system: You are a helpful assistant.
user:
Analyze the provided spectrum to determine if it is a **White Dwarf (WD)**.

A White Dwarf spectrum is defined by its **extreme purity** (due to gravitational settling) and/or **extreme pressure broadening** (due to high surface gravity). You must check for one of the following mutually exclusive signatures:

- **Key Visual Indicators (Check for ONE of these types):**

    - **1. DA-Type Signature (Most Common):**
        - **(Primary Feature):** Extreme pressure broadening (Stark broadening) of the **Hydrogen (H) Balmer lines**.
        - **(Key Lines):** $H\beta$ (approx. $4861$ Å) and $H\gamma$ (approx. $4340$ Å). $H\alpha$ (approx. $6563$ Å) will also be present if the wavelength range covers it.
        - **(Line Profile):** This is the **defining feature**. The lines are **NOT** sharp. They appear as massive, **extremely broad and deep "troughs" or "dips"** in the spectrum, often hundreds of Ångströms wide. The continuum will appear to "scoop" down at these wavelengths.
        - **(Distinction):** Normal A-type or B-type stars have *narrow* and *sharp* Hydrogen lines. A DA White Dwarf's lines are unmistakably "smeared" or "blurry" from pressure.

    - **2. DB-Type Signature:**
        - **(Primary Feature):** Broad absorption lines from **Neutral Helium (He I)**. The spectrum must lack any visible Hydrogen lines.
        - **(Key Lines):** Look for broad absorption near $4471$ Å, $4921$ Å, and $5876$ Å.
        - **(Line Profile):** These lines are also significantly pressure-broadened, appearing much wider than they would in a normal B-type main-sequence star.

    - **3. DC-Type Signature:**
        - **(Primary Feature):** A **featureless continuous spectrum**.
        - **(Line Profile):** The spectrum is a smooth curve with **no significant absorption or emission lines**.
        - **(Key Confirmation):** The continuum is almost always **blue or white**, indicating a hot object. This signature implies the atmosphere is so pure (or so cool) that no spectral lines are visible in the optical range. Its WD identity is confirmed by its extremely low intrinsic brightness (high absolute magnitude).

    - **4. DZ-Type Signature (Metal-Polluted):**
        - **(Primary Feature):** **Isolated, narrow metal absorption lines** on an otherwise featureless (DC-like) continuum.
        - **(Key Lines):** The **Calcium (Ca II) H & K doublet** (approx. **$3934$ Å** and **$3968$ Å**) is the most common and defining feature.
        - **(Line Profile):** These lines are "out of place." They are *not* part of a "forest" of thousands of lines. This signature is evidence of recent *accretion* (pollution) from rocky debris.
        - **(Distinction):** Normal G/K/M stars have a *dense forest* of thousands of metal lines. A DZ has a *clean* continuum with *only a few* strong metal lines.

    - **5. DQ-Type Signature (Carbon-Polluted):**
        - **(Primary Feature):** Absorption bands from **Carbon (C₂ "Swan Bands" or atomic C I)**.
        - **(Key Lines - C₂):** Look for bandheads with a "saw-tooth" shape near $5635$ Å, **$5165$ Å** (strongest), and $4737$ Å.
        - **(Key Confirmation):** The underlying **continuum must be blue or white** (hot).
        - **(Distinction):** This is the critical difference from a **Carbon Star**, which has the *exact same* C₂ bands but on an extremely **red, cool** continuum.

- **(Overall Spectrum):**
    - The continuum (overall shape) is typically **blue-sloping** (brighter in the blue than the red), as most white dwarfs are very hot.
    - The spectrum will look "pure" or "simple," dominated by only *one* of the five signatures listed above.

Think first, call **spectral_visualization_tool** if needed to examine features in detail, then provide your final answer. Your response must adhere to the following strict rules:
1.  **Overall Structure:** Your response must follow the format `<think>...</think> <tool_call>...</tool_call> (if a tool is used) <answer>...</answer>`.
2.  **Tool Usage Constraint:** You may only make **one** tool call per turn.
3.  **Final Answer Format:** In the `<answer>` tag, your conclusion must be inside a `\boxed{}` command (e.g., `\boxed{YES}` or `\boxed{NO}`), followed by your justification.

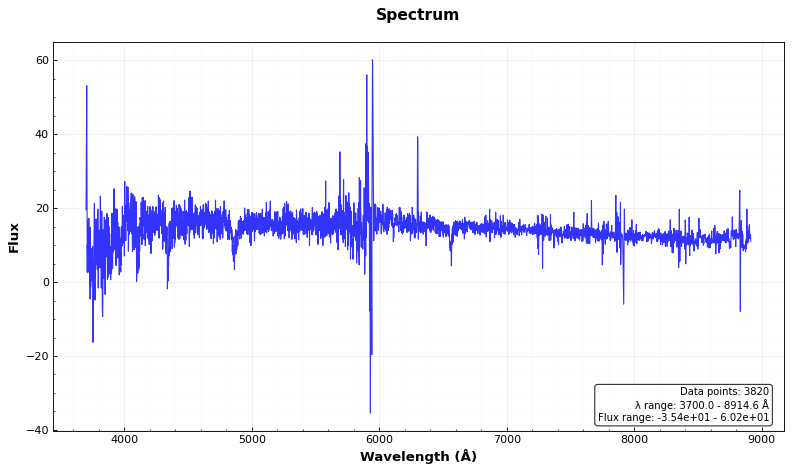
Answer: YES